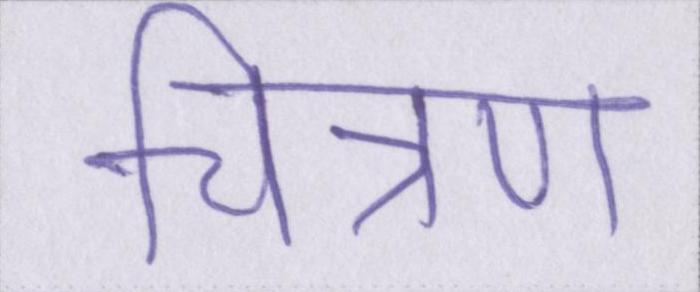
चित्रण